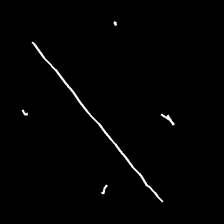
Glyph: cool